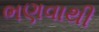
ભણવાથી